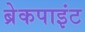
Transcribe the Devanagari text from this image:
ब्रेकपाइंट